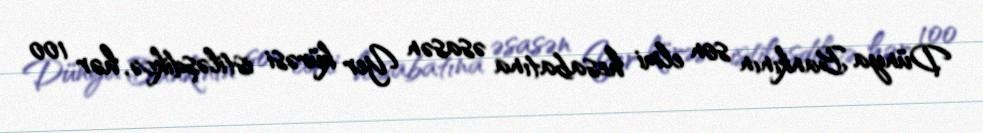
Dünya Bankının son elmi hesabatına əsasən Yer kürəsi istiləşdikcə, hər 100